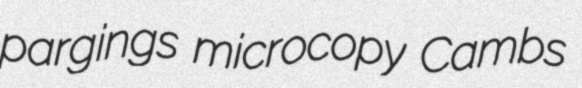
pargings microcopy Cambs